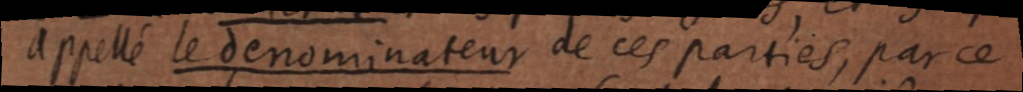
appellé le denominateur de ces parties, par ce